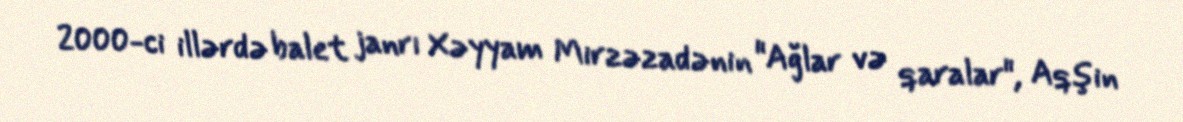
2000-ci illərdə balet janrı Xəyyam Mirzəzadənin "Ağlar və qaralar", Aqşin